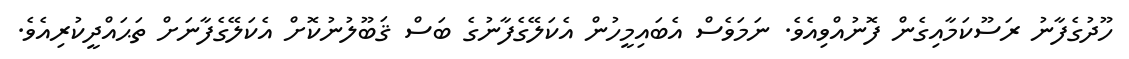
ހޫދުގެފާނު ރަސޫކަމާއިގެން ފޮނުއްވިއެވެ. ނަމަވެސް އެބައިމީހުން އެކަލޭގެފާނުގެ ބަސް ޤަބޫލުނުކޮށް އެކަލޭގެފާނަށް ތަޙައްދީކުރިއެވެ.